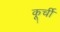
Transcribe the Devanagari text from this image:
कूर्ची